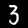
Label: 3